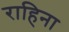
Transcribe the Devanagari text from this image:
राहिना